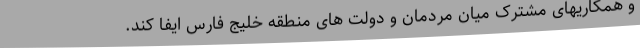
و همکاریهای مشترک میان مردمان و دولت های منطقه خلیج فارس ایفا کند.